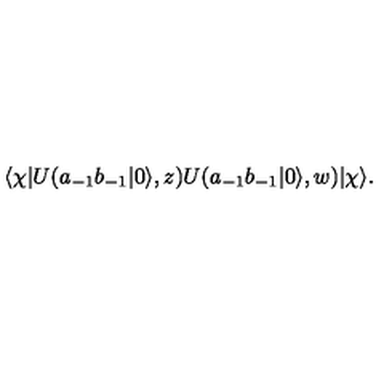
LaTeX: \langle \chi | U ( a _ { - 1 } b _ { - 1 } | 0 \rangle , z ) U ( a _ { - 1 } b _ { - 1 } | 0 \rangle , w ) | \chi \rangle .